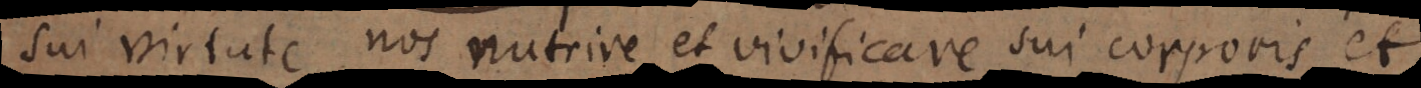
sui virtute nos nutrire et vivificare sui corporis et